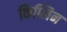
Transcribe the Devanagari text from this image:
किप्लिन